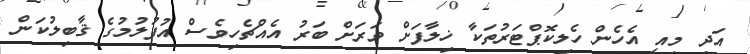
އަދި މިއީ އެހެން ހެލިކޮޕްޓަރުތަކާ ޚިލާފަށް ވަރަށް ބަރު އެއްޗެހިވެސް އުފުލުމުގެ ޤާބިލުކަން